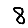
Digit: 8